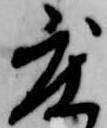
度